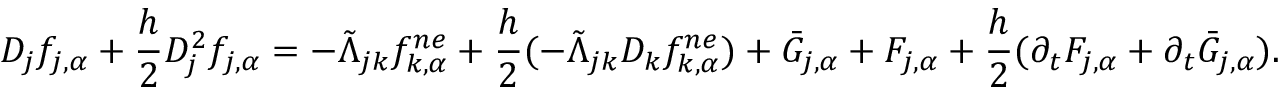
D _ { j } f _ { j , \alpha } + \frac { h } { 2 } D _ { j } ^ { 2 } f _ { j , \alpha } = - \tilde { \Lambda } _ { j k } f _ { k , \alpha } ^ { n e } + \frac { h } { 2 } ( - \tilde { \Lambda } _ { j k } D _ { k } f _ { k , \alpha } ^ { n e } ) + \bar { G } _ { j , \alpha } + F _ { j , \alpha } + \frac { h } { 2 } ( \partial _ { t } F _ { j , \alpha } + \partial _ { t } \bar { G } _ { j , \alpha } ) .